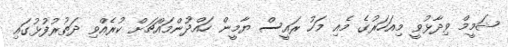
ޝަމީމް ވިދާޅުވީ މިއަހަރުގެ މެއި މަހު ރައީސް ޔާމީން ހައްދުންމައްޗަށް ކުރެއްވި ދަތުރުފުޅުގައި